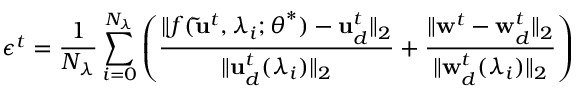
\epsilon ^ { t } = \frac { 1 } { N _ { \lambda } } \sum _ { i = 0 } ^ { N _ { \lambda } } \left( \frac { \lVert f ( \mathbf { \widetilde { u } } ^ { t } , \lambda _ { i } ; \boldsymbol { \theta } ^ { * } ) - \mathbf { u } _ { d } ^ { t } \rVert _ { 2 } } { \lVert \mathbf { u } _ { d } ^ { t } ( \lambda _ { i } ) \rVert _ { 2 } } + \frac { \lVert \mathbf { w } ^ { t } - \mathbf { w } _ { d } ^ { t } \rVert _ { 2 } } { \lVert \mathbf { w } _ { d } ^ { t } ( \lambda _ { i } ) \rVert _ { 2 } } \right)